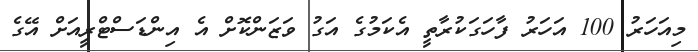
މިއަހަރު 100 އަހަރު ފާހަގަކުރާތީ އެކަމުގެ އަގު ވަޒަންކޮށް އެ އިންޑަސްޓްރީއަށް އޭގެ